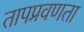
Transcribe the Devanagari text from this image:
तापप्रवणता